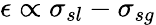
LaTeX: \epsilon\propto\sigma_{sl}-\sigma_{sg}